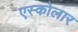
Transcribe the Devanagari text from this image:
एस्कोलार